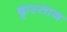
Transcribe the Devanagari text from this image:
कृस्तान